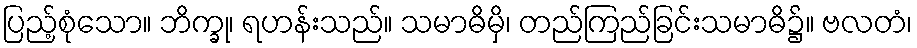
ပြည့်စုံသော။ ဘိက္ခု၊ ရဟန်းသည်။ သမာဓိမှိ၊ တည်ကြည်ခြင်းသမာဓိ၌။ ဗလတံ၊